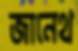
জানেথ